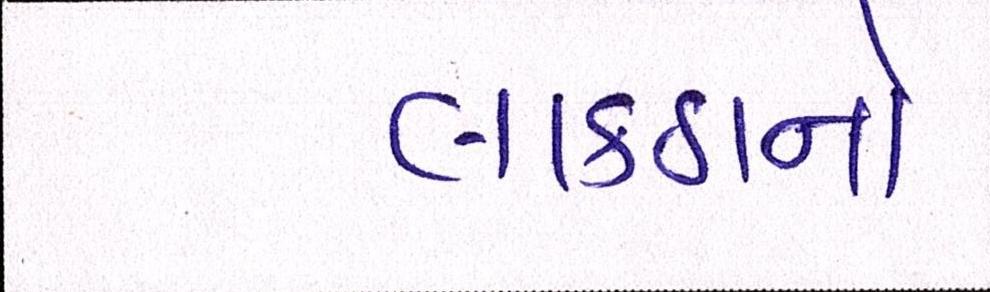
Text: લાકડાનો